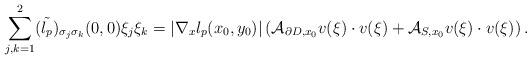
LaTeX: \begin{align*}\sum_{j,k=1}^2(\tilde{l_p})_{\sigma_j\sigma_k}(0,0)\xi_j\xi_k=\vert\nabla_xl_p(x_0,y_0)\vert\left({\cal A}_{\partial D,x_0}v(\xi)\cdot v(\xi)+{\cal A}_{S,x_0}v(\xi)\cdot v(\xi)\right).\end{align*}